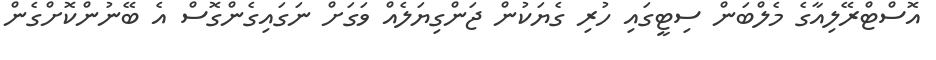
އޮސްޓްރޭލިއާގެ މެލްބަން ސިޓީގައި ހުރި ގެޔަކުން ޖަންގިޔަލެއް ވަގަށް ނަގައިގެންގޮސް އެ ބޭނުންކޮށްގެން